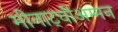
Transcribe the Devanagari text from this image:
मीनाट्चीअम्मन